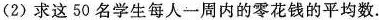
(2)求这50名学生每人一周内的零花钱的平均数。